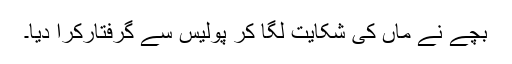
بچے نے ماں کی شکایت لگا کر پولیس سے گرفتارکرا دیا۔